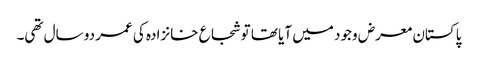
پاکستان معرض وجود میں آیا تھا تو شجاع خانزادہ کی عمر دو سال تھی۔